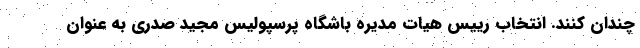
چندان کنند. انتخاب رییس هیات مدیره باشگاه پرسپولیس مجید صدری به عنوان